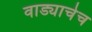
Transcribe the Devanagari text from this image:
वाड्याचेच